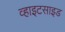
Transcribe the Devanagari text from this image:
व्हाइटसाइड